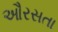
ઔરસતા